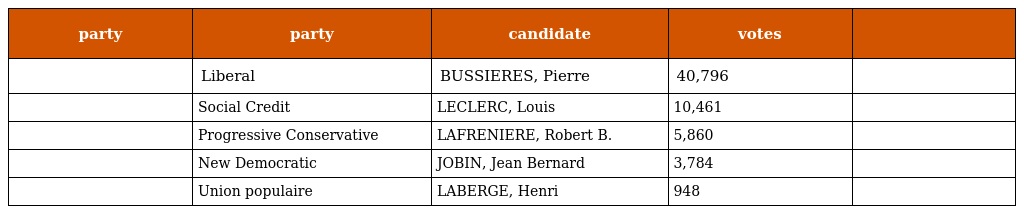
| party | party | candidate | votes |  |
 | --- | --- | --- | --- | --- |
 |  | Liberal | BUSSIERES, Pierre | 40,796 |  |
 |  | Social Credit | LECLERC, Louis | 10,461 |  |
 |  | Progressive Conservative | LAFRENIERE, Robert B. | 5,860 |  |
 |  | New Democratic | JOBIN, Jean Bernard | 3,784 |  |
 |  | Union populaire | LABERGE, Henri | 948 |  |